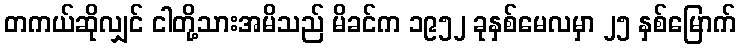
တကယ်ဆိုလျှင် ငါတို့သားအမိသည် မိခင်က ၁၉၅၂ ခုနှစ်မေလမှာ ၂၅ နှစ်မြောက်